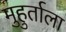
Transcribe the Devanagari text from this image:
मुहुर्ताला